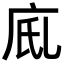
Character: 𢇼